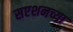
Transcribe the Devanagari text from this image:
सएशनच्या